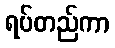
ရပ်တည်ကာ